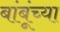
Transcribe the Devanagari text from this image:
बांबूंच्या